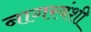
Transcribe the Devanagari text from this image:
नागरवंशी